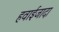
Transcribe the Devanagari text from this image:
हवाईजादा